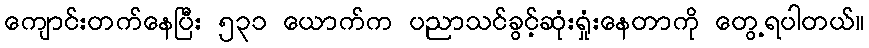
ကျောင်းတက်နေပြီး ၅၃၁ ယောက်က ပညာသင်ခွင့်ဆုံးရှုံးနေတာကို တွေ့ရပါတယ်။